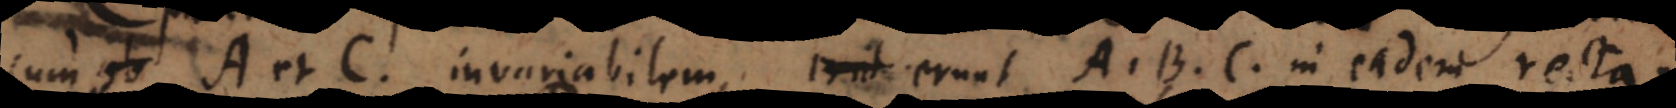
cum A et C invariabilem, erunt A, B, C in eadem recta.